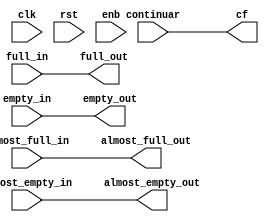
module flowControl #(parameter FIFO_COUNT = 5) (
  input clk, rst, enb,
  input [FIFO_COUNT-1:0] almost_full_in,
  input [FIFO_COUNT-1:0] full_in,
  input [FIFO_COUNT-1:0] almost_empty_in,
  input [FIFO_COUNT-1:0] empty_in,
  input [FIFO_COUNT-2:0] continuar,//negado de pausa, sera enable de fifos
  output [FIFO_COUNT-2:0] cf, //continue fifo 
  output [FIFO_COUNT-1:0] almost_full_out,
  output [FIFO_COUNT-1:0] full_out,
  output [FIFO_COUNT-1:0] almost_empty_out,
  output [FIFO_COUNT-1:0] empty_out
);

  reg [3:0] cf;
  reg [4:0] almost_full_out;
  reg [4:0] full_out;
  reg [4:0] almost_empty_out;
  reg [4:0] empty_out;

  always @(*) begin
  almost_full_out = almost_full_in;
  full_out = full_in;
  almost_empty_out = almost_empty_in;
  empty_out = empty_in;
  cf = continuar;
  end
endmodule